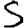
Digit: 5